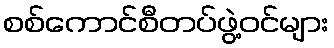
စစ်ကောင်စီတပ်ဖွဲ့ဝင်များ